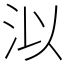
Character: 泤